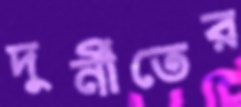
দুর্নীতের